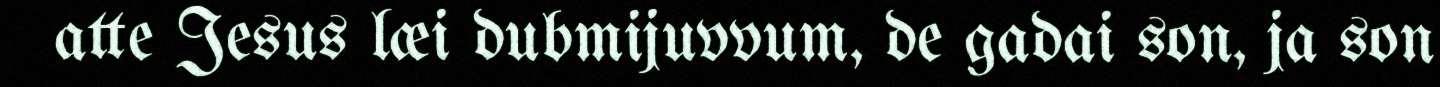
atte Jesus læi dubmijuvvum, de gadai son, ja son